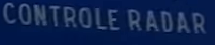
CONTROLE RADAR